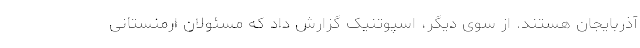
آذربایجان هستند. از سوی دیگر، اسپوتنیک گزارش داد که مسئولان ارمنستانی